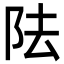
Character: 阹